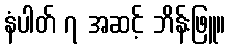
နံပါတ် ၇ အဆင့် ဘိန်းဖြူ။